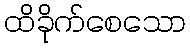
ထိခိုက်စေသော